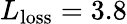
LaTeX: L_{\mathrm{loss}}=3.8